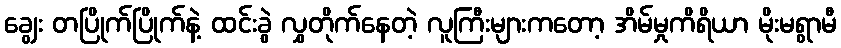
ချွေး တပြိုက်ပြိုက်နဲ့ ထင်းခွဲ လွှတိုက်နေတဲ့ လူကြီးများကတော့ အိမ်မှုကိရိယာ မိုးမရွာမီ